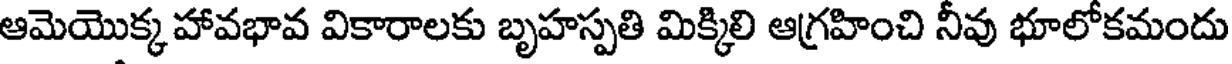
ఆమెయొక్క హావభావ వికారాలకు బృహస్పతి మిక్కిలి ఆగ్రహించి నీవు భూలోకమందు